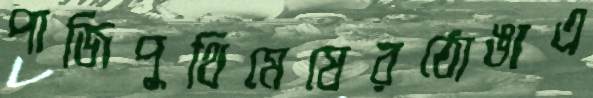
পাজিপুথিমেষেরঠোঙাএ